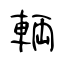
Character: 輌